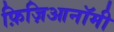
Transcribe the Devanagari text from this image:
फ़िज़िआनॉमी